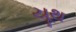
યૂથ